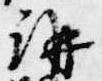
講